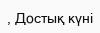
, Достық күні